Indian journal of veterinary science and animal husbandry - Volume 2,
Year: 1932
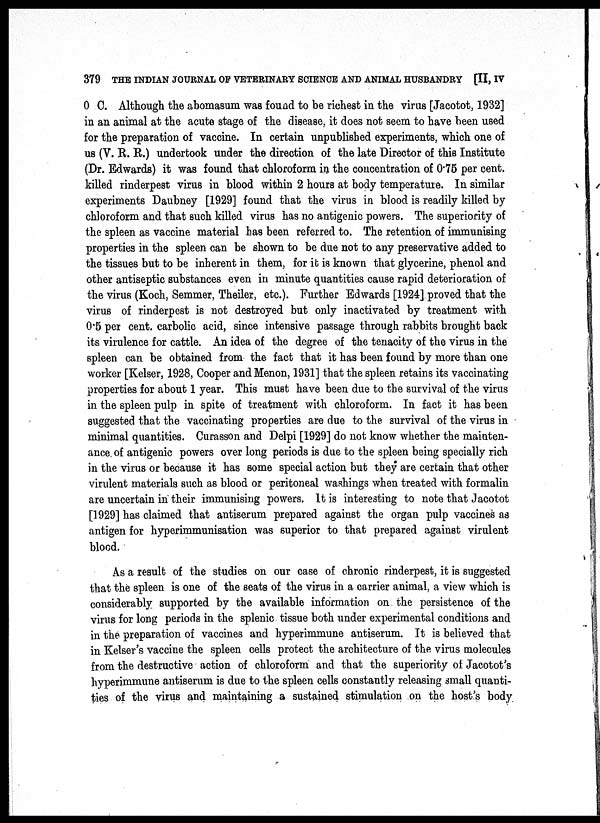
379 THE INDIAN JOURNAL OF VETERINARY SCIENCE AND ANIMAL HUSBANDRY [II, IV
0 C. Although the abomasum was found to be richest in the virus [Jacotot, 1932]
in an animal at the acute stage of the disease, it does not seem to have been used
for the preparation of vaccine. In certain unpublished experiments, which one of
us (V. R. R.) undertook under the direction of the late Director of this Institute
(Dr. Edwards) it was found that chloroform in the concentration of 0.75 per cent.
killed rinderpest virus in blood within 2 hours at body temperature. In similar
experiments Daubney [1929] found that the virus in blood is readily killed by
chloroform and that such killed virus has no antigenic powers. The superiority of
the spleen as vaccine material has been referred to. The retention of immunising
properties in the spleen can be shown to be due not to any preservative added to
the tissues but to be inherent in them, for it is known that glycerine, phenol and
other antiseptic substances even in minute quantities cause rapid deterioration of
the virus (Koch, Semmer, Theiler, etc.). Further Edwards [1924] proved that the
virus of rinderpest is not destroyed but only inactivated by treatment with
0.5 per cent. carbolic acid, since intensive passage through rabbits brought back
its virulence for cattle. An idea of the degree of the tenacity of the virus in the
spleen can be obtained from the fact that it has been found by more than one
worker [Kelser, 1928, Cooper and Menon, 1931] that the spleen retains its vaccinating
properties for about 1 year. This must have been due to the survival of the virus
in the spleen pulp in spite of treatment with chloroform. In fact it has been
suggested that the vaccinating properties are due to the survival of the virus in
minimal quantities. Curasson and Delpi [1929] do not know whether the mainten-
ance of antigenic powers over long periods is due to the spleen being specially rich
in the virus or because it has some special action but they are certain that other
virulent materials such as blood or peritoneal washings when treated with formalin
are uncertain in their immunising powers. It is interesting to note that Jacotot
[1929] has claimed that antiserum prepared against the organ pulp vaccines as
antigen for hyperimmunisation was superior to that prepared against virulent
blood.
As a result of the studies on our case of chronic rinderpest, it is suggested
that the spleen is one of the seats of the virus in a carrier animal, a view which is
considerably supported by the available information on the persistence of the
virus for long periods in the splenic tissue both under experimental conditions and
in the preparation of vaccines and hyperimmune antiserum. It is believed that
in Kelser's vaccine the spleen cells protect the architecture of the virus molecules
from the destructive action of chloroform and that the superiority of Jacotot's
hyperimmune antiserum is due to the spleen cells constantly releasing small quanti-
ties of the virus and maintaining a sustained stimulation on the host's body